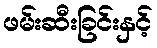
ဖမ်းဆီးခြင်းနှင့်